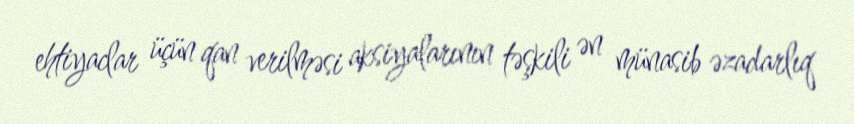
ehtiyaclar üçün qan verilməsi aksiyalarının təşkili ən münasib əzadarlıq